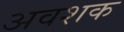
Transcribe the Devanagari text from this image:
अवशक